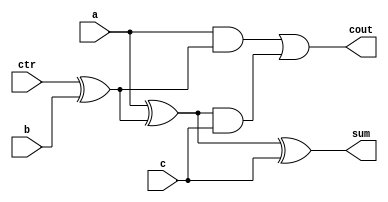
module FA(a, b, c, cout, sum, ctr);

    input a, b, c, ctr;
    output cout, sum;
    
    wire   e1, e2, e3,b1;

	xor	(b1, ctr, b);
    xor (e1, a, b1);
    and (e2, a, b1);
    and (e3, e1, c);
    or	(cout,e2, e3);
    xor  (sum, e1, c);

endmodule